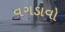
વગડાવો